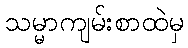
သမ္မာကျမ်းစာထဲမှ